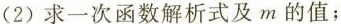
(2)求一次函数解析式及m的值；